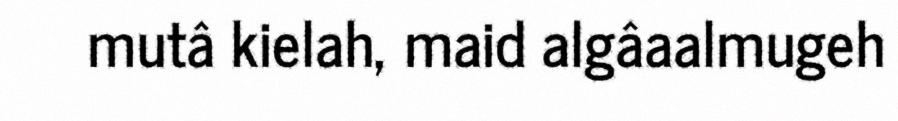
mutâ kielah, maid algâaalmugeh